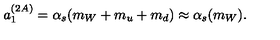
a _ { 1 } ^ { ( 2 A ) } = \alpha _ { s } ( m _ { W } + m _ { u } + m _ { d } ) \approx \alpha _ { s } ( m _ { W } ) .